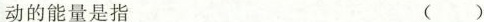
动的能量是指 ()